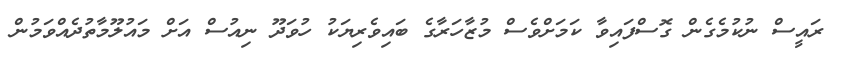
ރައީސް ނުކުމެގެން ގޮސްފައިވާ ކަމަށްވެސް މުޒާހަރާގެ ބައިވެރިޔަކު ހުވަދޫ ނިއުސް އަށް މައުލޫމާތުދެއްވަމުން